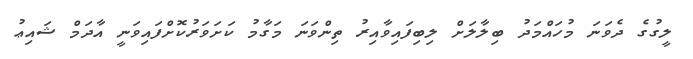
ލީގުގެ ދެވަނަ މުހައްމަދު ބިލާލަށް ލިބިފައިވާއިރު ތިންވަނަ މަގާމު ކަށަވަރުކޮށްފައިވަނީ އާދަމް ޝައިޢު